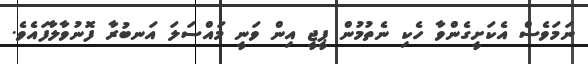
ނަމަވެސް އެކަށީގެންވާ ހެކި ނެތުމުން ޕީޖީ އިން ވަނީ މައްސަލަ އަނބުރާ ފޮނުވާލާފައެވެ.